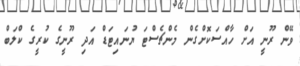
ވޭން ރޫނީ އަށް ހާއްސަކޮށްގެން މެންޗެސްޓަ ޔުނައިޓަޑް އަދި ރޫނީގެ ކުރީގެ ކްލަބް